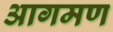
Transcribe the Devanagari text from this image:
आगमण